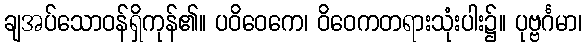
ချအပ်သောဝန်ရှိကုန်၏။ ပဝိဝေကေ၊ ဝိဝေကတရားသုံးပါး၌။ ပုဗ္ဗင်္ဂမာ၊